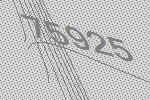
75925